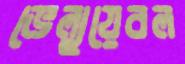
ভেল্যুয়েবল